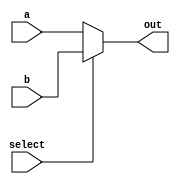
module MUX(select, a, b, out);
	parameter n = 64;
parameter delay = 10;
input select;
input [n-1:0] a,b;
output [n-1:0] out;
assign #delay  out = select ? b : a;
always @(*)
$display ("\nMUX: \nA = %b \nB = %b\nSelect = %b\nOut = %b\n", a,b, select,out);
endmodule